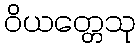
ဝိယတ္တေသု